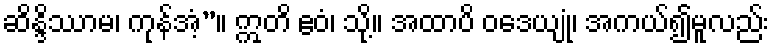
ဆိန္ဒိဿာမ၊ ကုန်အံ့”။ ဣတိ ဧဝံ၊ သို့။ အထာပိ ဝဒေယျုံ၊ အကယ်၍မူလည်း